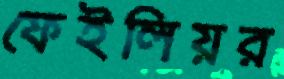
ফেইলিয়র